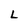
Character: L